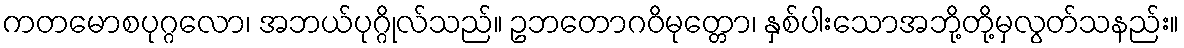
ကတမောစပုဂ္ဂလော၊ အဘယ်ပုဂ္ဂိုလ်သည်။ ဥဘတောဂဝိမုတ္တော၊ နှစ်ပါးသောအဘို့တို့မှလွတ်သနည်း။